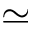
\simeq